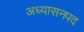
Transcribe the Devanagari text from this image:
अध्यासनपद